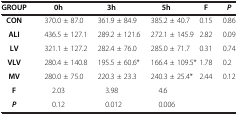
<table><thead><tr><td><b>GROUP</b></td><td><b>0h</b></td><td><b>3h</b></td><td><b>5h</b></td><td><b>F</b></td><td><b><i>P</i></b></td></tr></thead><tbody><tr><td><b>CON</b></td><td>370.0 ± 87.0</td><td>361.9 ± 84.9</td><td>385.2 ± 40.7</td><td>0.15</td><td>0.86</td></tr><tr><td><b>ALI</b></td><td>436.5 ± 127.1</td><td>289.2 ± 121.6</td><td>272.1 ± 145.9</td><td>2.82</td><td>0.09</td></tr><tr><td><b>LV</b></td><td>321.1 ± 127.2</td><td>282.4 ± 76.0</td><td>285.0 ± 71.7</td><td>0.31</td><td>0.74</td></tr><tr><td><b>VLV</b></td><td>280.4 ± 140.8</td><td>195.5 ± 60.6*</td><td>166.4 ± 109.5*</td><td>1.78</td><td>0.2</td></tr><tr><td><b>MV</b></td><td>280.0 ± 75.0</td><td>220.3 ± 23.3</td><td>240.3 ± 25.4*</td><td>2.44</td><td>0.12</td></tr><tr><td><b>F</b></td><td>2.03</td><td>3.98</td><td>4.6</td><td> </td><td> </td></tr><tr><td><b><i>P</i></b></td><td>0.12</td><td>0.012</td><td>0.006</td><td> </td><td> </td></tr></tbody></table>